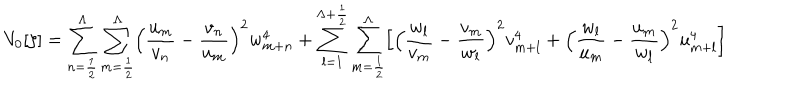
V _ { 0 } [ \zeta ] = \sum _ { n = { \frac { 1 } { 2 } } } ^ { \Lambda } \sum _ { m = { \frac { 1 } { 2 } } } ^ { \Lambda } \Bigl ( { \frac { u _ { m } } { v _ { n } } } - { \frac { v _ { n } } { u _ { m } } } \Bigr ) ^ { 2 } w _ { m + n } ^ { 4 } + \sum _ { l = 1 } ^ { \Lambda + \frac { 1 } { 2 } } \sum _ { m = { \frac { 1 } { 2 } } } ^ { \Lambda } \Bigl [ \Bigl ( { \frac { w _ { l } } { v _ { m } } } - { \frac { v _ { m } } { w _ { l } } } \Bigr ) ^ { 2 } v _ { m + l } ^ { 4 } + \Bigl ( { \frac { w _ { l } } { u _ { m } } } - { \frac { u _ { m } } { w _ { l } } } \Bigr ) ^ { 2 } u _ { m + l } ^ { 4 } \Bigr ]